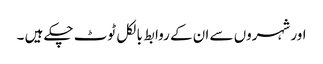
اور شہروں سے ان کے روابط بالکل ٹوٹ چکے ہیں ۔